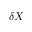
\delta X